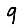
Digit: 9